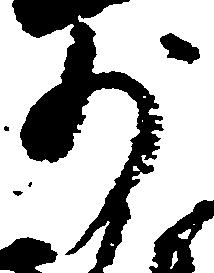
少